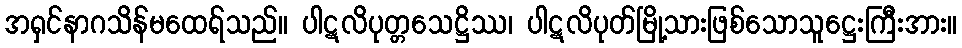
အရှင်နာဂသိန်မထေရ်သည်။ ပါဋလိပုတ္တသေဋ္ဌိဿ၊ ပါဋလိပုတ်မြို့သားဖြစ်သောသူဋ္ဌေးကြီးအား။